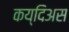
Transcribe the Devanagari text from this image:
कय्दिअस